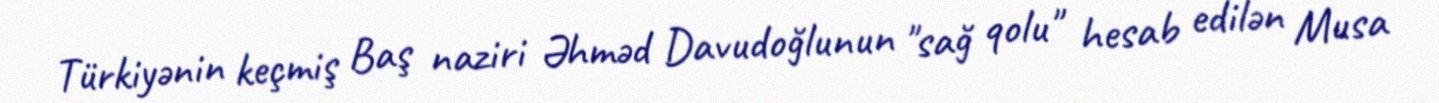
Türkiyənin keçmiş Baş naziri Əhməd Davudoğlunun "sağ qolu" hesab edilən Musa